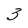
Character: 3